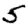
Digit: 5